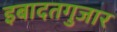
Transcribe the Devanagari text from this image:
इबादतगुजार